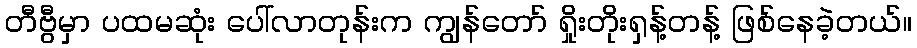
တီဗွီမှာ ပထမဆုံး ပေါ်လာတုန်းက ကျွန်တော် ရှိုးတိုးရှန့်တန့် ဖြစ်နေခဲ့တယ်။